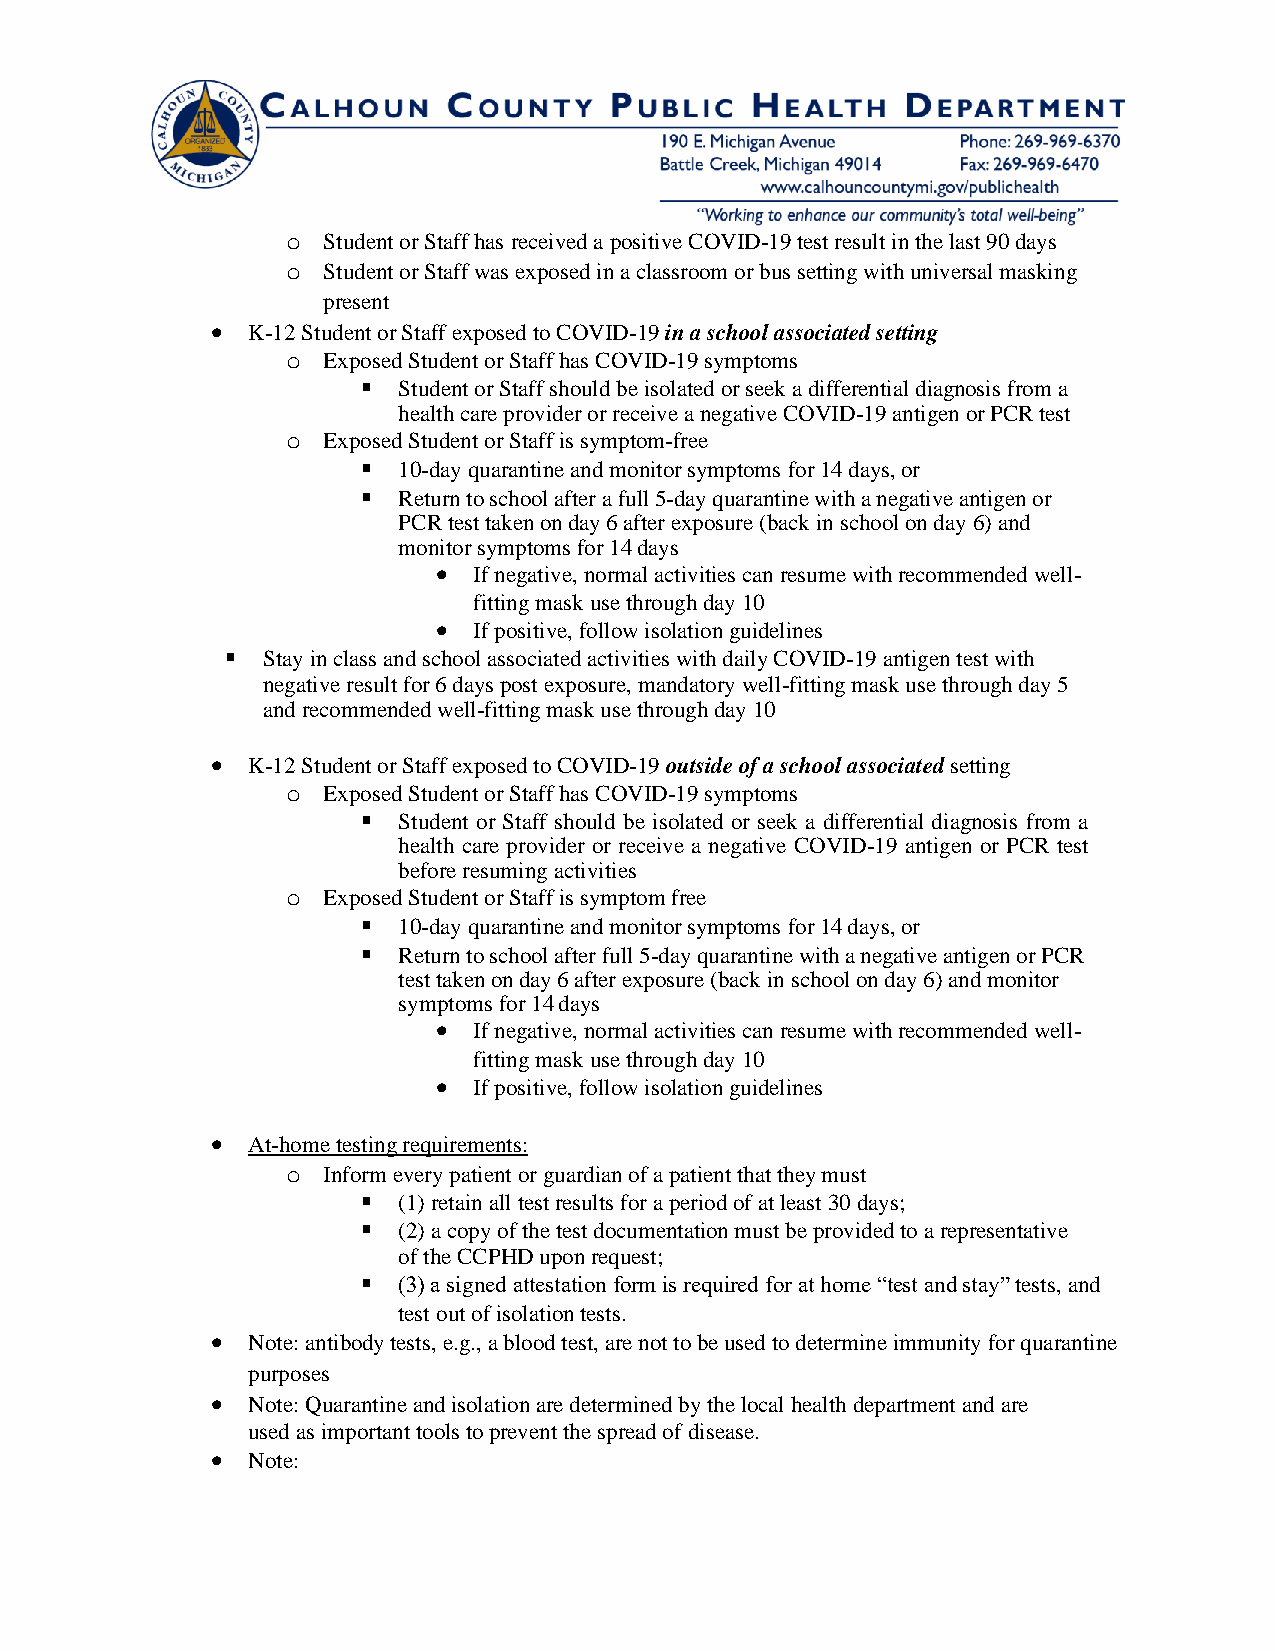
o Student or Staff has received a positive COVID-19 test result in the last 90 days
 o Student or Staff was exposed in a classroom or bus setting with universal masking
 present
 • K-12 Student or Staff exposed to COVID-19 in a school associated setting
 o Exposed Student or Staff has COVID-19 symptoms
 ▪ Student or Staff should be isolated or seek a differential diagnosis from a
 health care provider or receive a negative COVID-19 antigen or PCR test
 o Exposed Student or Staff is symptom-free
 ▪ 10-day quarantine and monitor symptoms for 14 days, or
 ▪ Return to school after a full 5-day quarantine with a negative antigen or
 PCR test taken on day 6 after exposure (back in school on day 6) and
 monitor symptoms for 14 days
 • If negative, normal activities can resume with recommended well-
 fitting mask use through day 10
 • If positive, follow isolation guidelines
 ▪ Stay in class and school associated activities with daily COVID-19 antigen test with
 negative result for 6 days post exposure, mandatory well-fitting mask use through day 5
 and recommended well-fitting mask use through day 10
 • K-12 Student or Staff exposed to COVID-19 outside of a school associated setting
 o Exposed Student or Staff has COVID-19 symptoms
 ▪ Student or Staff should be isolated or seek a differential diagnosis from a
 health care provider or receive a negative COVID-19 antigen or PCR test
 before resuming activities
 o Exposed Student or Staff is symptom free
 ▪ 10-day quarantine and monitor symptoms for 14 days, or
 ▪ Return to school after full 5-day quarantine with a negative antigen or PCR
 test taken on day 6 after exposure (back in school on day 6) and monitor
 symptoms for 14 days
 • If negative, normal activities can resume with recommended well-
 fitting mask use through day 10
 • If positive, follow isolation guidelines
 • At-home testing requirements:
 o Inform every patient or guardian of a patient that they must
 ▪ (1) retain all test results for a period of at least 30 days;
 ▪ (2) a copy of the test documentation must be provided to a representative
 of the CCPHD upon request;
 ▪ (3) a signed attestation form is required for at home “test and stay” tests, and
 test out of isolation tests.
 • Note: antibody tests, e.g., a blood test, are not to be used to determine immunity for quarantine
 purposes
 • Note: Quarantine and isolation are determined by the local health department and are
 used as important tools to prevent the spread of disease.
 • Note: